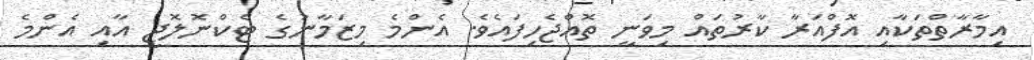
އިމާރާތްތަކާއި އޮފްއަރާ ކާރުތައް މިވަނީ ތޮއްޖެހިފައެވެ. އެންމެ މިޒަމާނުގެ ޓެކްނޮލޮޖީ އާއި އެންމެ